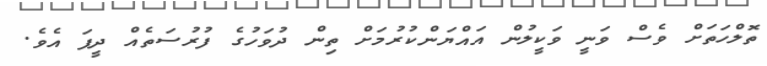
ތޮލްހަތަށް ވެސް ވަނީ ވަކީލުން އައްޔަންކުރުމަށް ތިން ދުވަހުގެ ފުރުސަތެއް ދީފަ އެވެ.